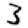
Digit: 3